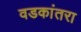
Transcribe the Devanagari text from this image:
वडकांतरा